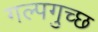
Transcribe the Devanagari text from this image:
गल्पगुच्छ